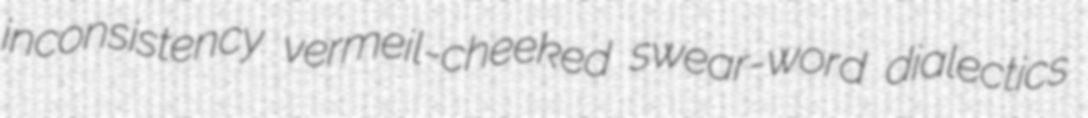
inconsistency vermeil-cheeked swear-word dialectics